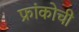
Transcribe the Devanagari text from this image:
फ्रांकोची